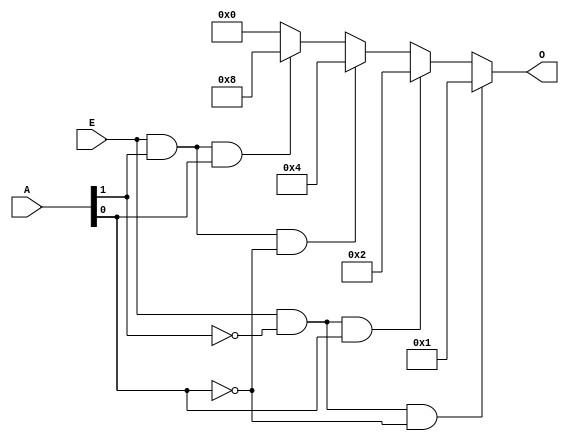
module decoder2to4
(
    input wire [1:0] A,
    input wire E,
    output wire [3:0] O
);
    assign O = (E & ~A[1] & ~A[0]) ? 4'b0001 :
               (E & ~A[1] &  A[0]) ? 4'b0010 : 
               (E &  A[1] & ~A[0]) ? 4'b0100 :
               (E &  A[1] &  A[0]) ? 4'b1000 : 
                                     4'b0000 ;
endmodule